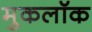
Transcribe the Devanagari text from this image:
मुकलॉक